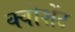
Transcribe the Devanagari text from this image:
क्वोशेंट